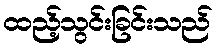
ထည့်သွင်းခြင်းသည်